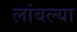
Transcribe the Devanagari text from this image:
लांबल्या